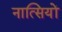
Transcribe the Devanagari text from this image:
नात्सियों